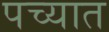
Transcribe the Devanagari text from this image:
पच्यात